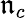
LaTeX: \mathfrak{n}_{c}